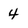
Character: 4